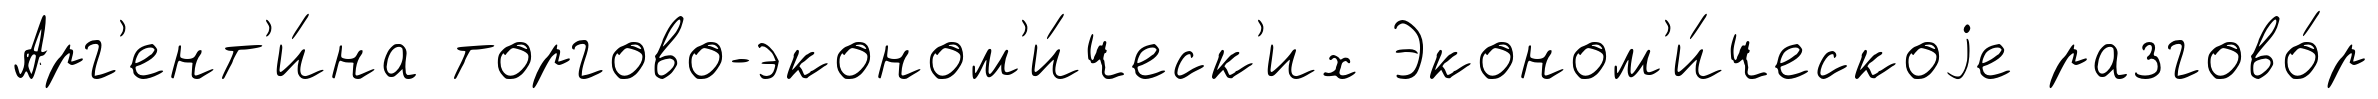
Арг'ент'и́на торгово-эконом'и́ческ'их Эконом'и́ческоjе разгово́р